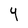
Character: y